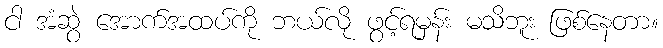
ငါ အံဆွဲ အောက်အထပ်ကို ဘယ်လို ဖွင့်ရမှန်း မသိဘူး ဖြစ်နေတာ။